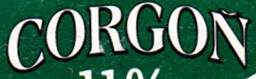
CORGON